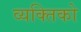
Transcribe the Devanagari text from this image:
व्यक्तिको